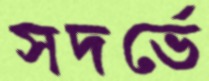
সদর্ভে